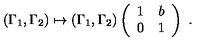
( \Gamma _ { 1 } , \Gamma _ { 2 } ) \mapsto ( \Gamma _ { 1 } , \Gamma _ { 2 } ) \left( \begin{array} { c c } { 1 } & { b } \\ { 0 } & { 1 } \\ \end{array} \right) \ .